Civil Veterinary Dept. Assam report 1911-1927 - 1911-1927
Year: 1911
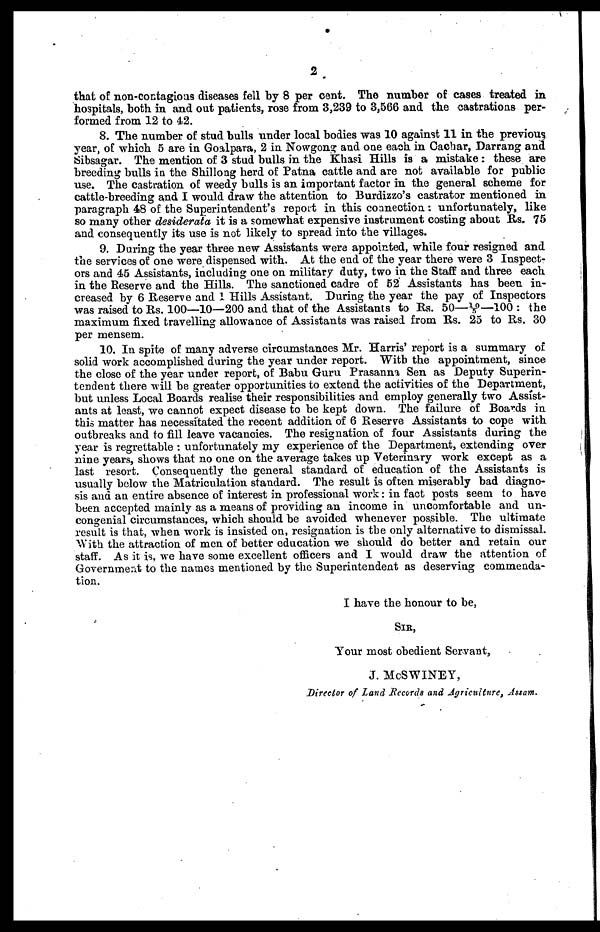
2
that of non-contagious diseases fell by 8 per cent. The number of cases treated in
hospitals, both in and out patients, rose from 3,239 to 3,566 and the castrations per-
formed from 12 to 42.
8. The number of stud bulls under local bodies was 10 against 11 in the previous
year, of which 5 are in Goalpara, 2 in Nowgong and one each in Cacbar, Darrang and
Sibsagar. The mention of 3 stud bulls in the Khasi Hills is a mistake : these are
breeding bulls in the Shillong herd of Patna cattle and are not available for public
use. The castration of weedy bulls is an important factor in the general scheme for
cattle-breeding and I would draw the attention to Burdizzo's castrator mentioned in
paragraph 48 of the Superintendent's report in this connection: unfortunately, like
so many other desiderata it is a somewhat expensive instrument costing about Rs. 75
and consequently its use is not likely to spread into the villages.
9. Daring the year three new Assistants were appointed, while four resigned and
the services of one were dispensed with. At the end of the year there were 3 Inspect-
ors and 45 Assistants, including one on military duty, two in the Staff and three each
in the Reserve and the Hills. The sanctioned cadre of 52 Assistants has been in-
creased by 6 Reserve and 1 Hills Assistant. During the year the pay of Inspectors
was raised to Rs. 100—10—200 and that of the Assistants to Rs. 50—10/5—100 : the
maximum fixed travelling allowance of Assistants was raised from Rs. 25 to Rs. 30
per mensem.
10. In spite of many adverse circumstances Mr. Harris' report is a summary of
solid work accomplished during the year under report. With the appointment, since
the close of the year under report, of Babu Guru Prasanna Sen as Deputy Superin-
tendent there will be greater opportunities to extend the activities of the Department,
but unless Local Boards realise their responsibilities and employ generally two Assist-
ants at least, we cannot expect disease to be kept down. The failure of Boards in
this matter has necessitated the recent addition of 6 Reserve Assistants to cope with
outbreaks and to fill leave vacancies. The resignation of four Assistants during the
year is regrettable : unfortunately my experience of the Department, extending over
nine years, shows that no one on the average takes up Veterinary work except as a
last resort. Consequently the general standard of education of the Assistants is
usually below the Matriculation standard. The result is often miserably bad diagno-
sis and an entire absence of interest in professional work: in fact posts seem to have
been accepted mainly as a means of providing an income in uncomfortable and un-
congenial circumstances, which should be avoided whenever possible. The ultimate
result is that, when work is insisted on, resignation is the only alternative to dismissal.
With the attraction of men of better education we should do better and retain our
staff. As it is, we have some excellent officers and I would draw the attention of
Government to the names mentioned by the Superintendent as deserving commenda-
tion.
I have the honour to be,
SIR,
Your most obedient Servant,
J. McSWINEY,
Director of Land Records and Agriculture, Assam.